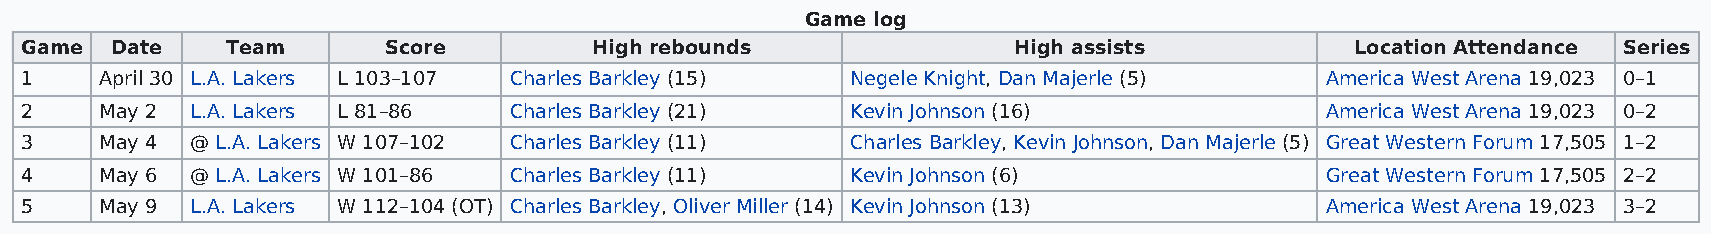
Game log
 Game  Date    Team      Score         High rebounds               High assists           Location Attendance Series
 1     April 30 L.A. Lakers L 103–107 Charles Barkley (15) Negele Knight, Dan Majerle (5) America West Arena 19,023 0–1
 2     May 2 L.A. Lakers L 81–86  Charles Barkley (21)  Kevin Johnson (16)              America West Arena 19,023 0–2
 3     May 4 @ L.A. Lakers W 107–102 Charles Barkley (11) Charles Barkley, Kevin Johnson, Dan Majerle (5) Great Western Forum 17,505 1–2
 4     May 6 @ L.A. Lakers W 101–86 Charles Barkley (11) Kevin Johnson (6)              Great Western Forum 17,505 2–2
 5     May 9 L.A. Lakers W 112–104 (OT) Charles Barkley, Oliver Miller (14) Kevin Johnson (13) America West Arena 19,023 3–2